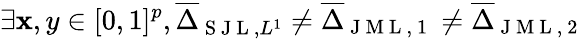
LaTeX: \exists\mathbf{x},y\in[0,1]^{p},\overline{{{\Delta}}}_{\mathrm{{~S~J~L~}},L^{1}}\neq\overline{{{\Delta}}}_{\mathrm{{~J~M~L~,~1~}}}\neq\overline{{{\Delta}}}_{\mathrm{{~J~M~L~,~2~}}}